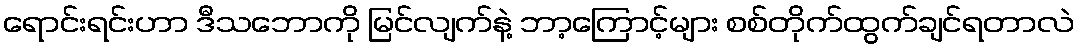
ရောင်းရင်းဟာ ဒီသဘောကို မြင်လျက်နဲ့ ဘာ့ကြောင့်များ စစ်တိုက်ထွက်ချင်ရတာလဲ